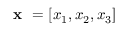
\textbf { x } = [ x _ { 1 } , x _ { 2 } , x _ { 3 } ]